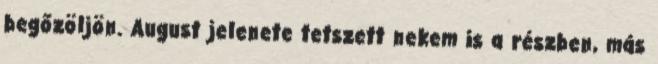
begőzöljön. August jelenete tetszett nekem is a részben, más